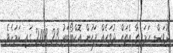
ދުވަސް ހަމަވިތާ އެތައް ދުވަހެއް ފަހުން އޮކްޓޯބަރު 23 2008 ގައި ކަމަށެވެ.